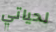
لحياتي